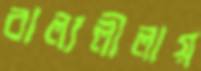
বাল্যলীলায়